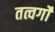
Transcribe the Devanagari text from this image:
तत्वर्गों